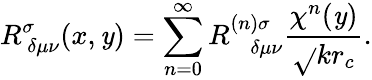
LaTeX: R_{~\delta\mu\nu}^{\sigma}(x,\mathit{y})=\sum_{n=0}^{\infty}R_{~~~~\delta\mu\nu}^{(n)\sigma}\frac{{\chi^{n}(\mathit{y})}}{{\sqrt{}{{kr_{c}}}}}.